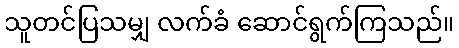
သူတင်ပြသမျှ လက်ခံ ဆောင်ရွက်ကြသည်။